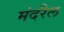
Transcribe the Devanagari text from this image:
मंदरैल